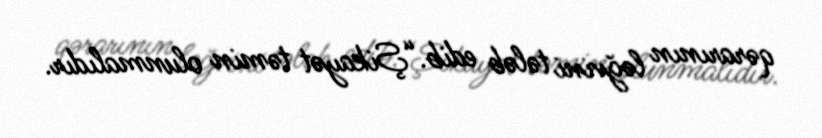
qərarının ləğvini tələb edib.“Şikayət təmin olunmalıdır.